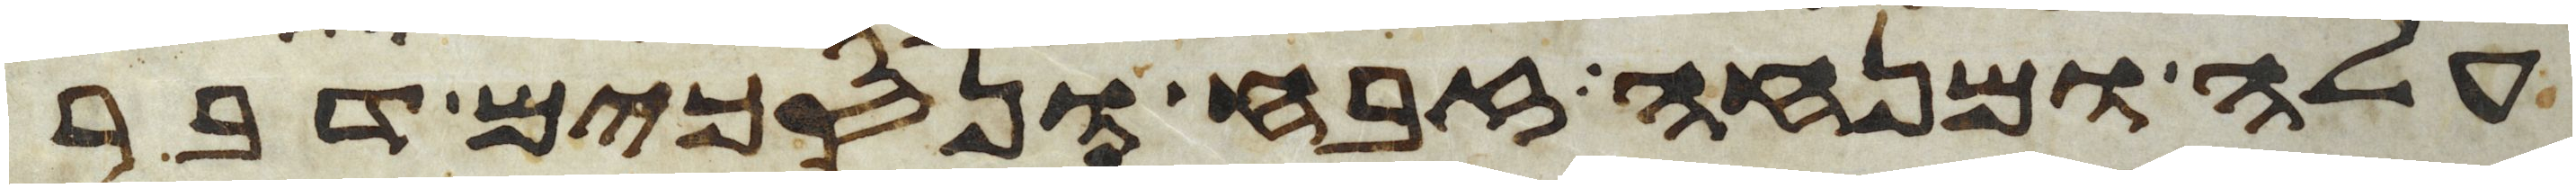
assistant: עלה ומנחה זבח ונסכים דבר